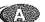
A